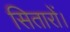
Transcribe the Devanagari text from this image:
सितारों।